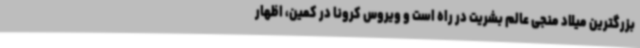
بزرگترین میلاد منجی عالم بشریت در راه است و ویروس کرونا در کمین، اظهار